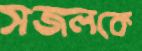
সজলকে